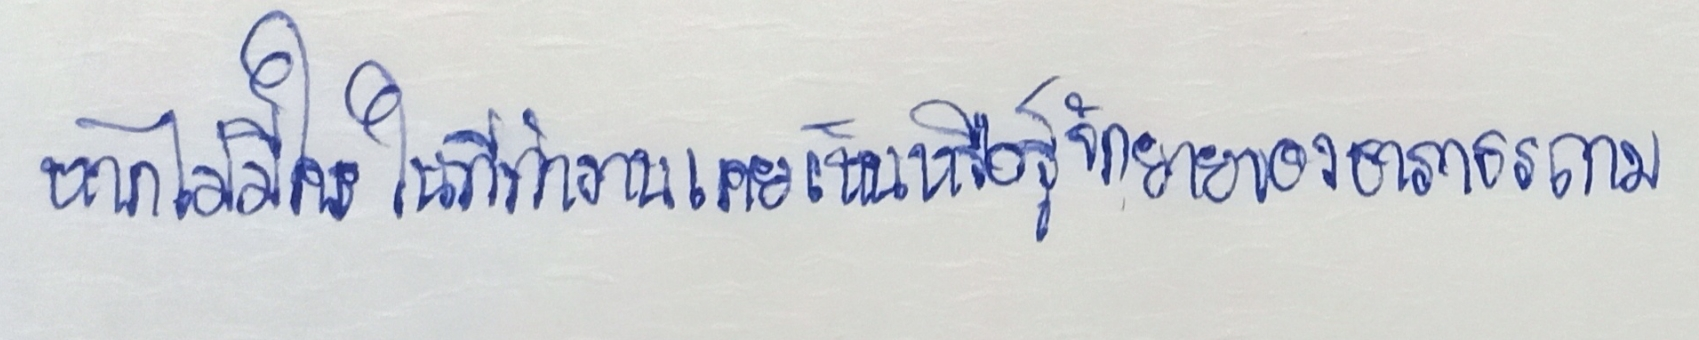
หากก็ไม่มีใครในที่ทำงานเคยเห็นหรือรู้จักยายของธาราธรถาม